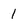
Character: 1